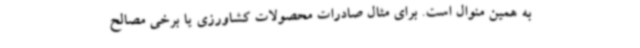
به همین منوال است. برای مثال صادرات محصولات کشاورزی یا برخی مصالح